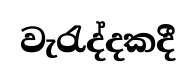
වැරැද්දකදී